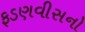
ફડણવીસનો